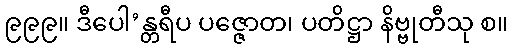
၉၉၉။ ဒီပေါ’န္တရီပ ပဇ္ဇောတ၊ ပတိဋ္ဌာ နိဗ္ဗုတီသု စ။